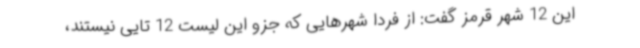
این 12 شهر قرمز گفت: از فردا شهرهایی که جزو این لیست 12 تایی نیستند،